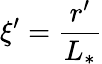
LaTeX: \xi^{\prime}=\frac{r^{\prime}}{L_{\ast}}